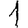
Digit: 1